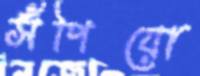
সঁপিয়ো